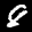
Label: 8